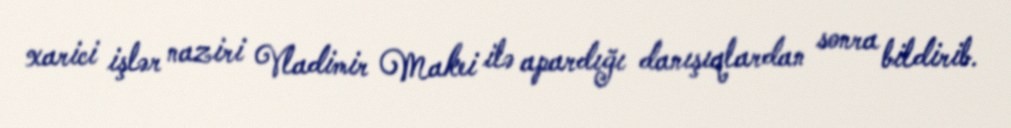
xarici işlər naziri Vladimir Makei ilə apardığı danışıqlardan sonra bildirib.